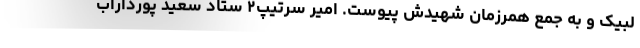
لبیک و به جمع همرزمان شهیدش پیوست. امیر سرتیپ‌۲ ستاد سعید پورداراب